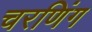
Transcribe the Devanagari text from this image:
चरणिंग